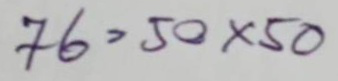
76 = 50x50